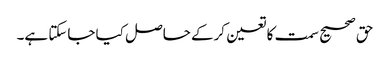
حق صحیح سمت کا تعین کرکے حاصل کیا جاسکتا ہے۔